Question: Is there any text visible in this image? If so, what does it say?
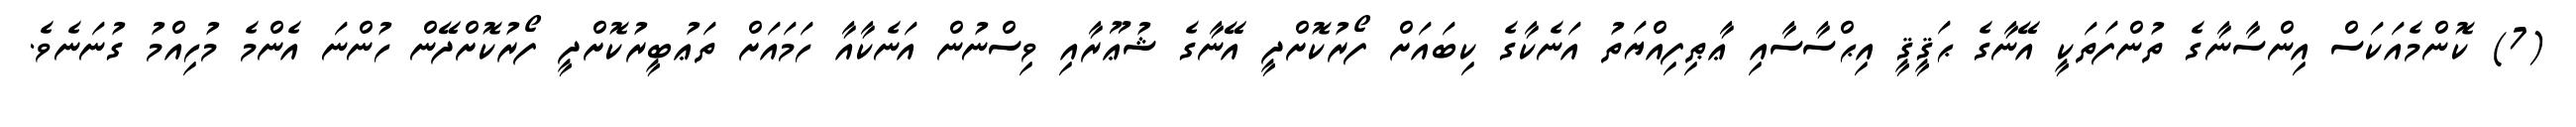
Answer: (7) ކޮންމެއަކަސް އިންސާނާގެ ތުންފަތަކީ އޭނާގެ ޙަޤީޤީ އިޙްސާސާއި ޢާޠިފިއްޔަތު އަނެކާގެ ކިބައަށް ފޯރުކޮށްދީ އޭނާގެ ޝުޢޫރާއި ވިސްނުން އަނެކާއާ ހަމައަށް ތަޢުބީރުކޮށްދީ ފޯރުކޮށްދޭން ހުންނަ އެންމެ މުހިއްމު ގުނަނެވެ.